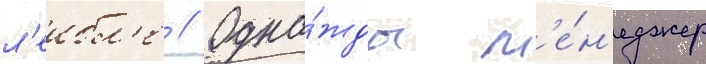
л'еибл'е // Одна́жды м'е́н'еджер